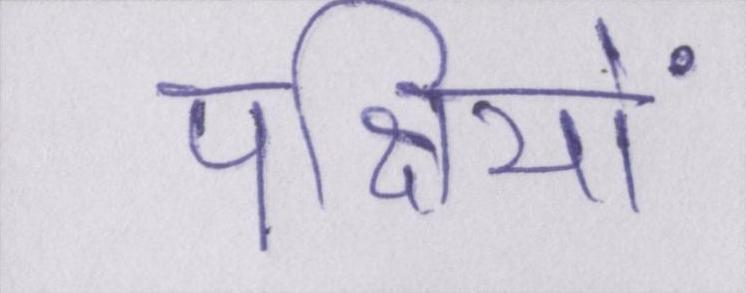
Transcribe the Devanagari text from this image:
पक्षियों